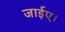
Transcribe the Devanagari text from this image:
जाईए।